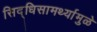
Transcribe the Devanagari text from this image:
सिद्धिसामर्थ्यामुळे